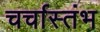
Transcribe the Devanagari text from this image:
चर्चास्तंभ